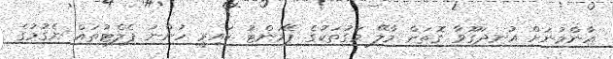
އާންމުނަށް އުނދަގޫވާ ގޮތަށް މާލޭ މަގުތަކުގެ ޕޭމަންޓު ކައިރީ ހުންނަ ޕެލެޓުތައް ނެގުމުގެ